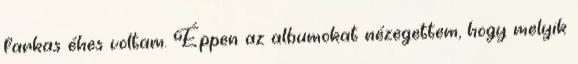
farkas éhes voltam. Éppen az albumokat nézegettem, hogy melyik